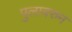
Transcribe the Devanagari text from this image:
पुलावरुन